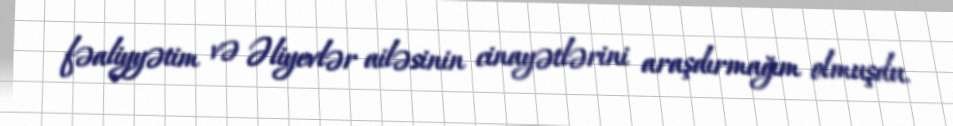
fəaliyyətim və Əliyevlər ailəsinin cinayətlərini araşdırmağım olmuşdu.